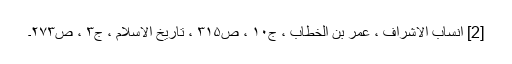
[2] انساب الاشراف ، عمر بن الخطاب ، ج۱۰ ، ص۳۱۵ ، تاریخ الاسلام ، ج۳ ، ص۲۷۳۔